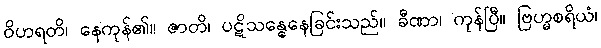
ဝိဟရတိ၊ နေကုန်၏။ ဇာတိ၊ ပဋိသန္ဓေနေခြင်းသည်။ ခီဏာ၊ ကုန်ပြီ။ ဗြဟ္မစရိယံ၊